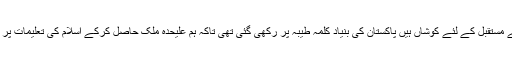
یہ نوجوان ملک کے مستقبل کے لئے کوشاں ہیں پاکستان کی بنیاد کلمہ طیبہ پر رکھی گئی تھی تاکہ ہم علیحدہ ملک حاصل کرکے اسلام کی تعلیمات پر عمل پیرا ہو سکیں۔